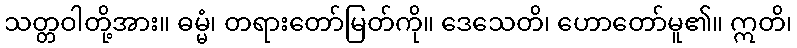
သတ္တဝါတို့အား။ ဓမ္မံ၊ တရားတော်မြတ်ကို။ ဒေသေတိ၊ ဟောတော်မူ၏။ ဣတိ၊